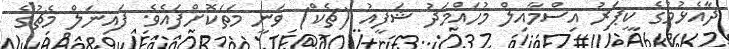
ދާއެޅުމުގެ ކީޕަރު އިސްމާއިލް މުހައްމަދު ޝަފީއު (ޗެކް) ވަނީ މަތަކޮށްފައެވެ. ފައިނަލް މެޗުގެ